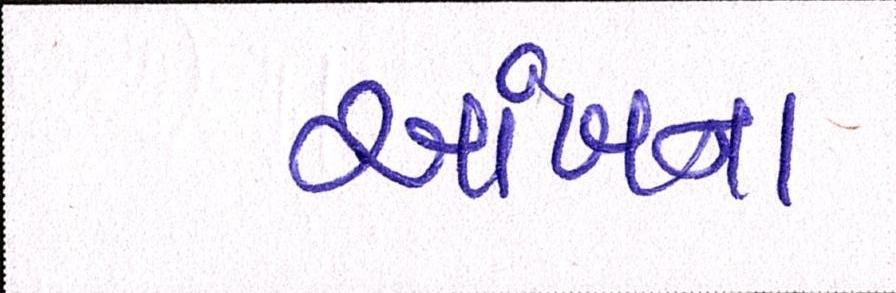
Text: આંખના